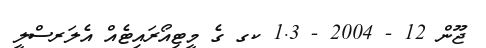
ޖޫން 12 - 2004 - 1.3 ކގ ގެ މީޓިއޯރައިޓެއް އެލަރސްލީ